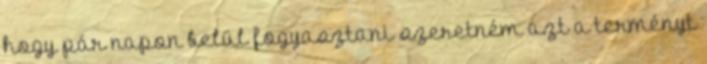
hogy pár napon belül fogyasztani szeretném azt a terményt